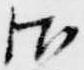
御